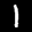
Label: 1